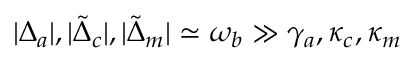
| \Delta _ { a } | , | \tilde { \Delta } _ { c } | , | \tilde { \Delta } _ { m } | \simeq \omega _ { b } \gg \gamma _ { a } , \kappa _ { c } , \kappa _ { m }